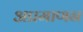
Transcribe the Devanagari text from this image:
अप्रमाणन